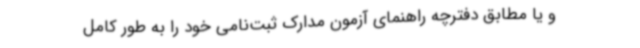
و یا مطابق دفترچه راهنمای آزمون مدارک ثبت‌نامی خود را به طور کامل